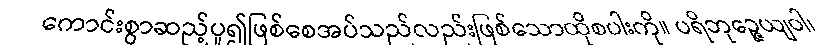
ကောင်းစွာဆည့်ပူ၍ဖြစ်စေအပ်သည်လည်းဖြစ်သောထိုစပါးကို။ ပရိဘုဉ္ဇေယျဝါ၊